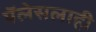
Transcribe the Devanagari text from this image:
पॅलेसलाही